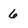
Character: 6